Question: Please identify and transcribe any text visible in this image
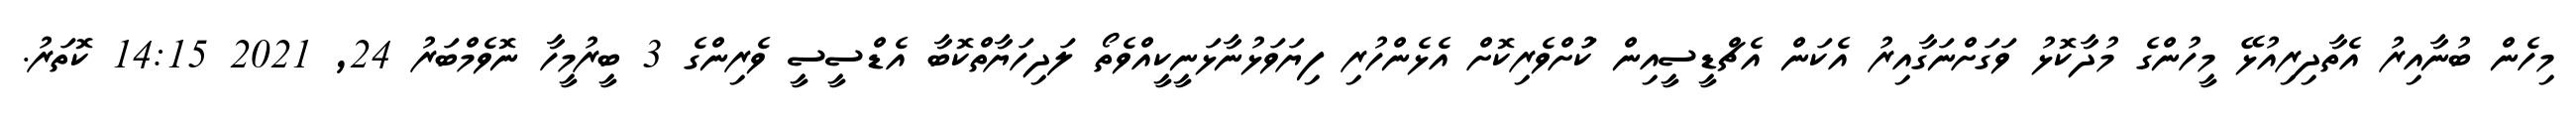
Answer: މިހެން ބުނާއިރު އެތާދިރިއުޅޭ މީހުންގެ މުދާކޮޅު ވަގަށްނަގާއިރު އެކަން އެޗްޑީސީއިން ކުަށްވެރިކޮށް އެޅެންހުރި ފިޔަވަޅުނާޅަނީކީއްވެތޯ ލަދިހަޔާތްކޮބާ އެޑްސީސީ ވެރިންގެ 3 ބީރުމީހާ ނޮވެމްބަރު 24, 2021 14:15 ކޮތަރު.